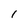
Character: I